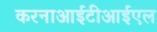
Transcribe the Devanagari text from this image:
करनाआईटीआईएल